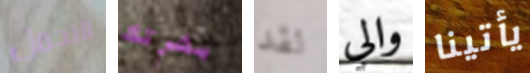
التحمل بشرتك لقد والي يأتينا